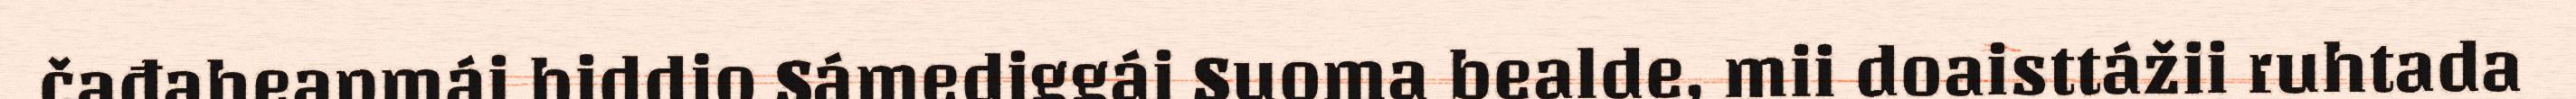
čađaheapmái biddjo Sámediggái Suoma bealde, mii doaisttážii ruhtada